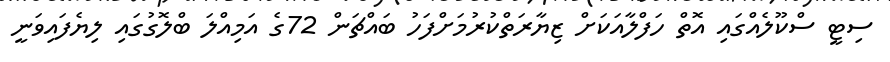
ސިޓީ ސްކޫލެއްގައި އޮތް ހަފްލާއަކަށް ޒިޔާރަތްކުރުމަށްފަހު ބައްޗަން 72ގެ އަމިއްލަ ބްލޮގުގައި ލިޔެފައިވަނީ